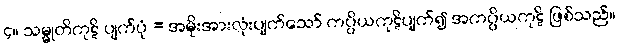
၄။ သမ္မုတိကုဋိ ပျက်ပုံ = အမိုးအားလုံးပျက်သော် ကပ္ပိယကုဋိပျက်၍ အကပ္ပိယကုဋိ ဖြစ်သည်။